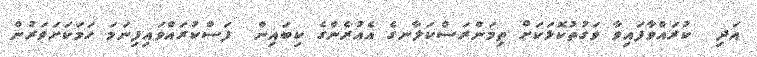
އަދި  ކުރައްވާފައިވާ ވަގުތުކޮޅަކަށް ތިމަންރަސްކަލާނގެ އެއުރެންގެ ކިބައިން  ފަސްކުރައްވައިފިނަމަ ހަމަކަށަވަރުން